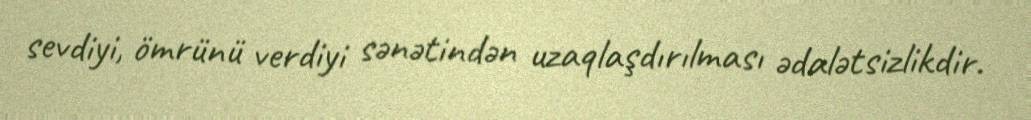
sevdiyi, ömrünü verdiyi sənətindən uzaqlaşdırılması ədalətsizlikdir.